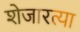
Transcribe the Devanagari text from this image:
शेजारत्या